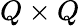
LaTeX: Q\times Q